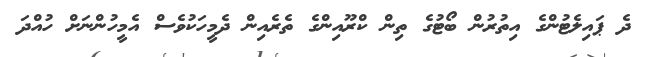
ދެ ޕައިލެޓުންގެ އިތުރުން ބޯޓުގެ ތިން ކްރޫއިންގެ ތެރެއިން ދެމީހަކުވެސް އެމީހުންނަށް ހުއްދަ